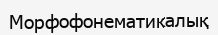
Морфофонематикалық